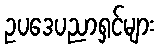
ဥပဒေပညာရှင်များ